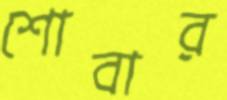
শোবার